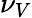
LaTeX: \nu_{V}